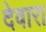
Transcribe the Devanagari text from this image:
देवारा